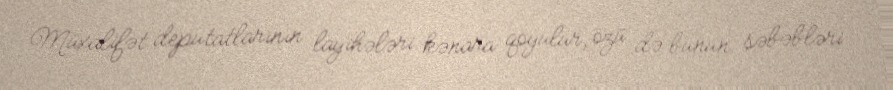
Müxalifət deputatlarının layihələri kənara qoyulur, özü də bunun səbəbləri